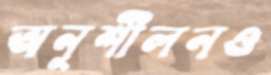
অনুশীলনও